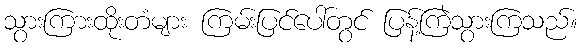
သွားကြားထိုးတံများ ကြမ်းပြင်ပေါ်တွင် ပြန့်ကြဲသွားကြသည်။